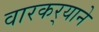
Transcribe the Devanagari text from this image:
वारकर्‍याने